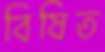
বিষিত